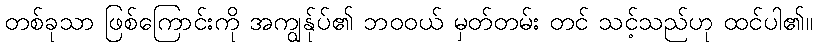
တစ်ခုသာ ဖြစ်ကြောင်းကို အကျွန်ုပ်၏ ဘဝဝယ် မှတ်တမ်း တင် သင့်သည်ဟု ထင်ပါ၏။